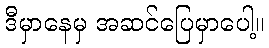
ဒီမှာနေမှ အဆင်ပြေမှာပေါ့။